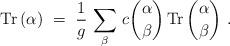
LaTeX: \begin{align*}{\rm Tr}\,(\alpha)~=~ {1\over g}\,\sum_{\beta} \,c{\alpha\choose\beta}\, {\rm Tr}\,{{\alpha}\choose{\beta}}~.\end{align*}